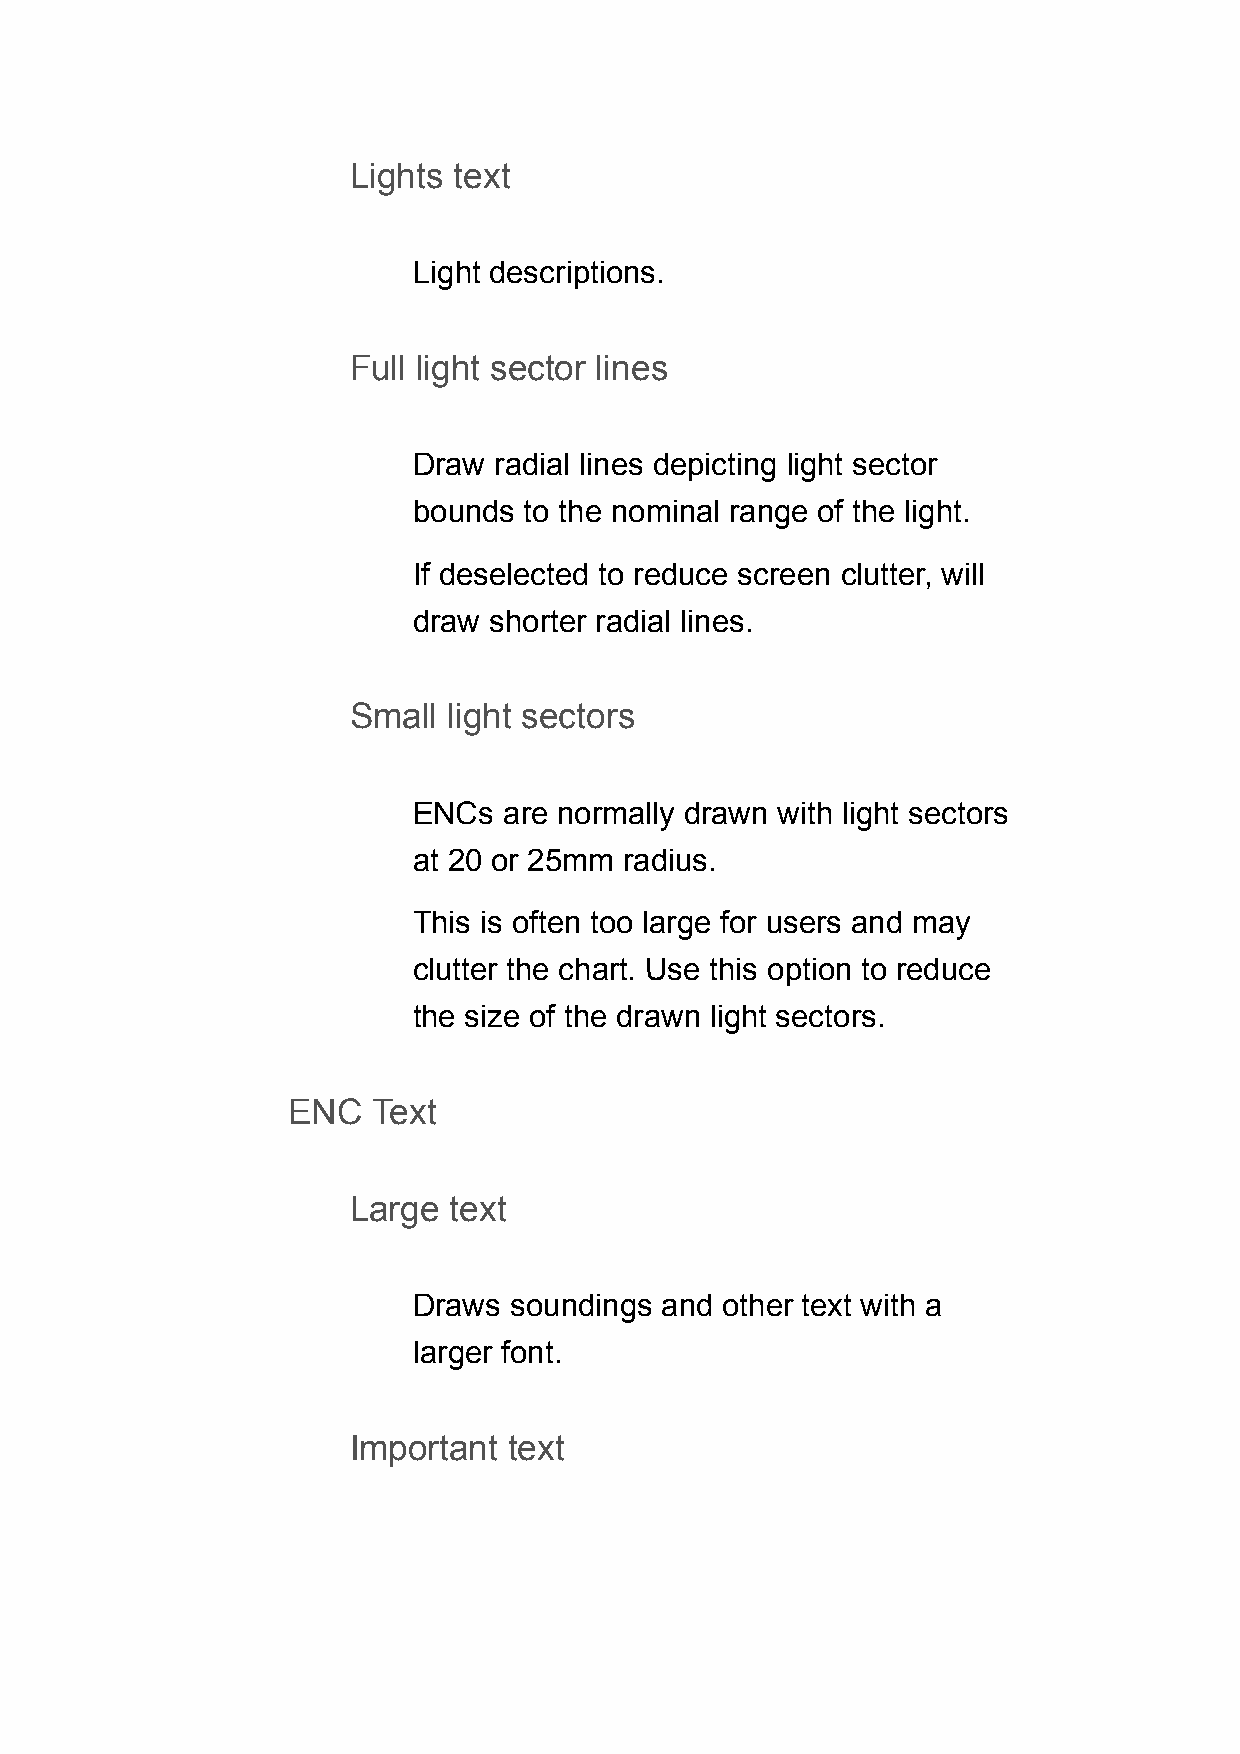
Lights text
 Light descriptions.
 Full light sector lines
 Draw  radial lines depicting light sector
 bounds  to the nominal range of the light.
 If deselected to reduce screen clutter, will
 draw shorter radial lines.
 Small  light sectors
 ENCs  are normally drawn with light sectors
 at 20 or 25mm radius.
 This is often too large for users and may
 clutter the chart. Use this option to reduce
 the size of the drawn light sectors.
 ENC   Text
 Large  text
 Draws  soundings and other text with a
 larger font.
 Important  text